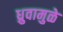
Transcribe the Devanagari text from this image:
ध्रुवामुळे